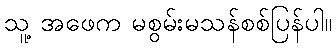
သူ့ အဖေက မစွမ်းမသန်စစ်ပြန်ပါ။